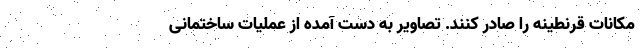
مکانات قرنطینه را صادر کنند. تصاویر به دست آمده از عملیات ساختمانی